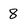
Character: 8